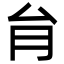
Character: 䏍